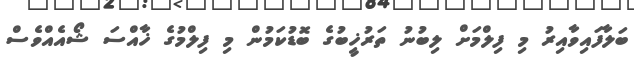
ބަލާފައިވާއިރު މި ފިލްމަށް ލިބުނު ތަރުޚީބުގެ ބޮޑުކަމުން މި ފިލްމުގެ ޚާއްސަ ޝޯއެއްވެސް